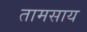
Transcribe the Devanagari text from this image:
तामसाय